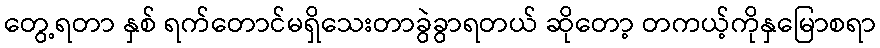
တွေ့ရတာ နှစ် ရက်တောင်မရှိသေးတာခွဲခွာရတယ် ဆိုတော့ တကယ့်ကိုနှမြောစရာ